Vital statistics of India. Vol. V, Reports of 1876 on armies & jails and on epidemic cholera
Year: 1876
Disease focus: Cholera
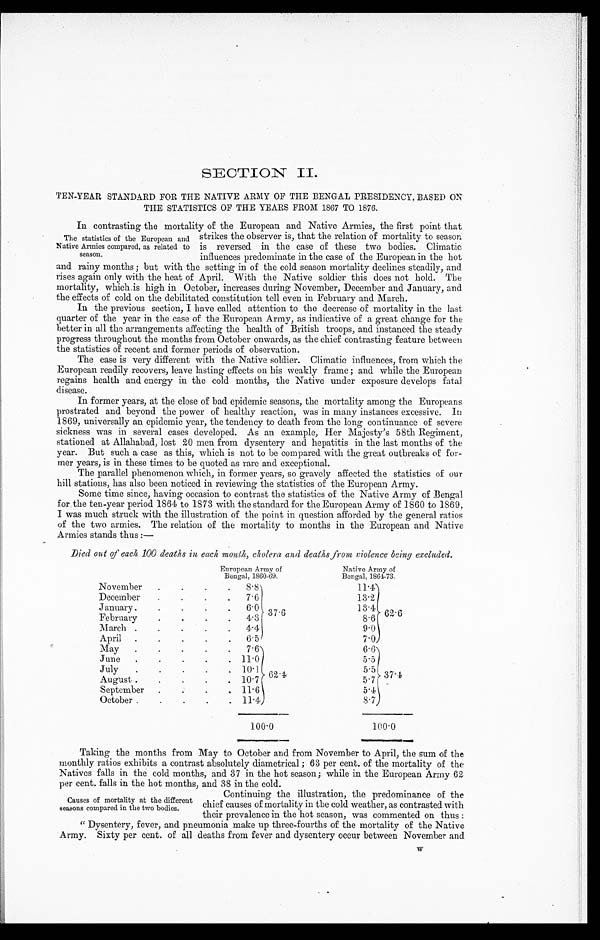
SECTION II.
TEN-YEAR STANDARD FOR THE NATIVE ARMY OF THE BENGAL PRESIDENCY, BASED ON
THE STATISTICS OF THE YEARS FROM 1867 TO 1876.
In contrasting the mortality of the European and Native Armies, the first point that
strikes the observer is, that the relation of mortality to season
is reversed in the case of these two bodies. Climatic
influences predominate in the case of the European in the hot
and rainy months; but with the setting in of the cold season mortality declines steadily, and
rises again only with the heat of April. With the Native soldier this does not hold. The
mortality, which. is high in October, increases during November, December and January, and.
the effects of cold on the debilitated constitution tell even in February and March.
In the previous section, I have called attention to the decrease of mortality in the last
quarter of the year in the case of the European Army, as indicative of a great change for the
better in all the arrangements affecting the health of British troops, and instanced the steady
progress throughout the months from October onwards, as the chief contrasting feature between
the statistics of recent and former periods of observation.
The case is very different with the Native soldier. Climatic influences, from which the
European readily recovers, leave lasting effects on his weakly frame; and while the European.
regains health and energy in the cold months, the Native under exposure develops fatal
disease.
In former years, at the close of bad epidemic seasons, the mortality among the Europeans
prostrated and beyond the power of healthy reaction, was in many instances excessive. In
1869, universally an epidemic year, the tendency to death from the long continuance of severe
sickness was in several cases developed. As an example, Her Majesty's 58th Regiment,
stationed at Allahabad, lost 20 men from dysentery and hepatitis in the last months of the
year. But such a case as this, which is not to be compared with the great outbreaks of for-
mer years, is in these times to be quoted as rare and exceptional.
The parallel phenomenon which, in former years, so gravely affected the statistics of our
hill stations, has also been noticed in reviewing the statistics of the European Army.
Some time since, having occasion to contrast the statistics of the Native Army of Bengal
for the ten-year period 1864 to 1873 with the standard for the European Army of 1860 to 1869,
I was much struck with the illustration of the point in question afforded by the general ratios
of the two armies. The relation of the mortality to months in the European and Native
Armies stands thus:—
Died out of each 100 deaths in each. month,, cholera and deaths from, violence being excluded.
European Army of
Bengal, 1860-69.
Native Army of
Bengal, 1864-73.
November
8 . 8
11.4
December
7.6
13.2
January
6.0 3 7 . 6
1 3 . 4 62.6
February
4.3
8.6
March
4.4
9.0
April
6.5
7.0
.
May
7.6
6.6
J u n e
11.0
5.5
July
.
l0.1 62.4
5.5 3 7 . 4
August
10.7
5.7
September
11.6
5.4
October
11.4
8.7
100. 0
100.0
Taking the months from May to October and from November to April, the sum of the
monthly ratios exhibits a contrast absolutely diametrical; 63 per cent. of the mortality of the
Natives falls in the cold months, and 37 in the hot season; while in the European Army 62
per cent. falls in the hot months, and 38 in the cold.
' The statistics of the European and
Native Armies compared, as related to
season.
Causes of mortality at the different
seasons compared in the two bodies.
Continuing the illustration, the predominance of the
chief causes of mortality in the cold weather, as contrasted with
their prevalence in the hot season, was commented on thus
:"" Dysentery, fever, and pneumonia make up three-fourths or the mortality or the Native
Army. Sixty per cent. of all deaths from fever and dysentery occur between November and
w